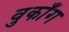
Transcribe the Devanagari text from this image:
वुकाँग